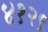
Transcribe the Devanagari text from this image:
४१२९